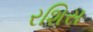
રશિસ